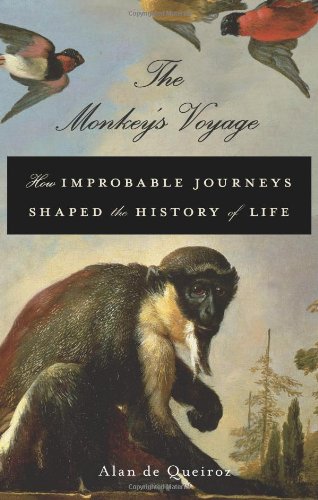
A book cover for The Monkey's Voyage: How Improbable Journeys Shaped the History of Life; Alan de Queiroz; Science & Math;